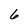
Character: 6